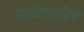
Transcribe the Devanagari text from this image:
सर्कलपर्यंतचे